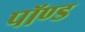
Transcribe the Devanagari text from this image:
पॉण्ड